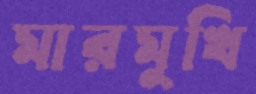
মারমুখি